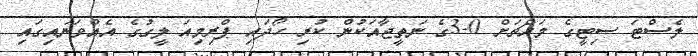
ލެސްޓަ ސިޓީގެ މައްޗަށް 0-3ގެ ނަތީޖާއަކުން ކުރި ހޯދައި ޕްރިމިއަ ލީގުގެ އެއްވަނައިގައި